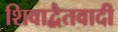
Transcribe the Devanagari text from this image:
शिवाद्वैतवादी